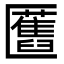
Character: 匶